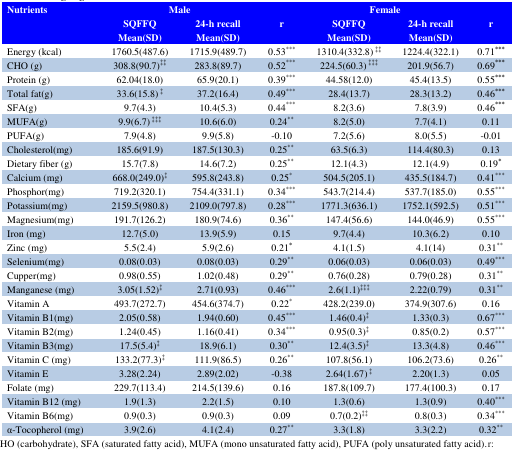
<table><thead><tr><td rowspan="2"><b>Nutrients </b></td><td colspan="3"><b> Male</b></td><td colspan="3"><b> Female</b></td></tr><tr><td><b>SQFFQMean(SD)</b></td><td><b>24-h recallMean(SD)</b></td><td><b>r</b></td><td><b>SQFFQMean(SD)</b></td><td><b>24-h recallMean(SD)</b></td><td><b>r</b></td></tr></thead><tbody><tr><td>Energy (kcal)</td><td>1760.5(487.6)</td><td>1715.9(489.7)</td><td>0.53***</td><td>1310.4(332.8) ‡‡</td><td>1224.4(322.1)</td><td>0.71***</td></tr><tr><td>CHO (g)</td><td>308.8(90.7)‡‡</td><td>283.8(89.7)</td><td>0.52***</td><td>224.5(60.3) ‡‡‡</td><td>201.9(56.7)</td><td>0.69***</td></tr><tr><td>Protein (g)</td><td>62.04(18.0)</td><td>65.9(20.1)</td><td>0.39***</td><td>44.58(12.0)</td><td>45.4(13.5)</td><td>0.55***</td></tr><tr><td>Total fat(g)</td><td>33.6(15.8) ‡</td><td>37.2(16.4)</td><td>0.49***</td><td>28.4(13.7)</td><td>28.3(13.2)</td><td>0.46***</td></tr><tr><td>SFA(g)</td><td>9.7(4.3)</td><td>10.4(5.3)</td><td>0.44***</td><td>8.2(3.6)</td><td>7.8(3.9)</td><td>0.46***</td></tr><tr><td>MUFA(g)</td><td>9.9(6.7) ‡‡‡</td><td>10.6(6.0)</td><td>0.24**</td><td>8.2(5.0)</td><td>7.7(4.1)</td><td>0.11</td></tr><tr><td>PUFA(g)</td><td>7.9(4.8)</td><td>9.9(5.8)</td><td>-0.10</td><td>7.2(5.6)</td><td>8.0(5.5)</td><td>-0.01</td></tr><tr><td>Cholesterol(mg)</td><td>185.6(91.9)</td><td>187.5(130.3)</td><td>0.25**</td><td>63.5(6.3)</td><td>114.4(80.3)</td><td>0.13</td></tr><tr><td>Dietary fiber (g)</td><td>15.7(7.8)</td><td>14.6(7.2)</td><td>0.25**</td><td>12.1(4.3)</td><td>12.1(4.9)</td><td>0.19*</td></tr><tr><td>Calcium (mg)</td><td>668.0(249.0)‡</td><td>595.8(243.8)</td><td>0.25*</td><td>504.5(205.1)</td><td>435.5(184.7)</td><td>0.41***</td></tr><tr><td>Phosphor(mg)</td><td>719.2(320.1)</td><td>754.4(331.1)</td><td>0.34***</td><td>543.7(214.4)</td><td>537.7(185.0)</td><td>0.55***</td></tr><tr><td>Potassium(mg)</td><td>2159.5(980.8)</td><td>2109.0(797.8)</td><td>0.28***</td><td>1771.3(636.1)</td><td>1752.1(592.5)</td><td>0.51***</td></tr><tr><td>Magnesium(mg)</td><td>191.7(126.2)</td><td>180.9(74.6)</td><td>0.36**</td><td>147.4(56.6)</td><td>144.0(46.9)</td><td>0.55***</td></tr><tr><td>Iron (mg)</td><td>12.7(5.0)</td><td>13.9(5.9)</td><td>0.15</td><td>9.7(4.4)</td><td>10.3(6.2)</td><td>0.10</td></tr><tr><td>Zinc (mg)</td><td>5.5(2.4)</td><td>5.9(2.6)</td><td>0.21*</td><td>4.1(1.5)</td><td>4.1(14)</td><td>0.31**</td></tr><tr><td>Selenium(mg)</td><td>0.08(0.03)</td><td>0.08(0.03)</td><td>0.29**</td><td>0.06(0.03)</td><td>0.06(0.03)</td><td>0.49***</td></tr><tr><td>Cupper(mg)</td><td>0.98(0.55)</td><td>1.02(0.48)</td><td>0.29**</td><td>0.76(0.28)</td><td>0.79(0.28)</td><td>0.31**</td></tr><tr><td>Manganese (mg)</td><td>3.05(1.52)‡</td><td>2.71(0.93)</td><td>0.46***</td><td>2.6(1.1)‡‡‡</td><td>2.22(0.79)</td><td>0.31**</td></tr><tr><td>Vitamin A</td><td>493.7(272.7)</td><td>454.6(374.7)</td><td>0.22*</td><td>428.2(239.0)</td><td>374.9(307.6)</td><td>0.16</td></tr><tr><td>Vitamin B1(mg)</td><td>2.05(0.58)</td><td>1.94(0.60)</td><td>0.45***</td><td>1.46(0.4)‡</td><td>1.33(0.3)</td><td>0.67***</td></tr><tr><td>Vitamin B2(mg)</td><td>1.24(0.45)</td><td>1.16(0.41)</td><td>0.34***</td><td>0.95(0.3)‡</td><td>0.85(0.2)</td><td>0.57***</td></tr><tr><td>Vitamin B3(mg)</td><td>17.5(5.4)‡</td><td>18.9(6.1)</td><td>0.30**</td><td>12.4(3.5)‡</td><td>13.3(4.8)</td><td>0.46***</td></tr><tr><td>Vitamin C (mg)</td><td>133.2(77.3)‡</td><td>111.9(86.5)</td><td>0.26**</td><td>107.8(56.1)</td><td>106.2(73.6)</td><td>0.26**</td></tr><tr><td>Vitamin E</td><td>3.28(2.24)</td><td>2.89(2.02)</td><td>-0.38</td><td>2.64(1.67) ‡</td><td>2.20(1.3)</td><td>0.05</td></tr><tr><td>Folate (mg)</td><td>229.7(113.4)</td><td>214.5(139.6)</td><td>0.16</td><td>187.8(109.7)</td><td>177.4(100.3)</td><td>0.17</td></tr><tr><td>Vitamin B12 (mg)</td><td>1.9(1.3)</td><td>2.2(1.5)</td><td>0.10</td><td>1.3(0.6)</td><td>1.3(0.9)</td><td>0.40***</td></tr><tr><td>Vitamin B6(mg)</td><td>0.9(0.3)</td><td>0.9(0.3)</td><td>0.09</td><td>0.7(0.2)‡‡</td><td>0.8(0.3)</td><td>0.34***</td></tr><tr><td>α-Tocopherol (mg)</td><td>3.9(2.6)</td><td>4.1(2.4)</td><td>0.27**</td><td>3.3(1.8)</td><td>3.3(2.2)</td><td>0.32**</td></tr></tbody></table>